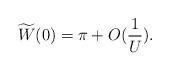
LaTeX: \begin{align*} \widetilde{W}(0) =\pi+O(\frac 1{U}).\end{align*}